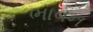
ભાવન